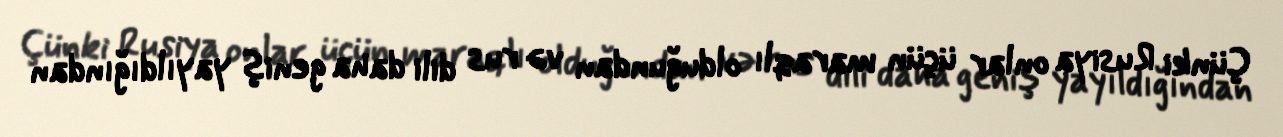
Çünki Rusiya onlar üçün maraqlı olduğundan və rus dili daha geniş yayıldığından